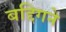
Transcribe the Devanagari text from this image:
बद्दिगने